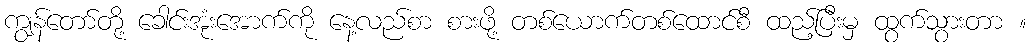
ကျွန်တော်တို့ ခေါင်းအုံးအောက်ကို နေ့လည်စာ စားဖို့ တစ်ယောက်တစ်ထောင်စီ ထည့်ပြီးမှ ထွက်သွားတာ ။